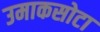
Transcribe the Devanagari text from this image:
उमाकसोटा